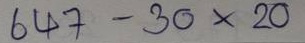
647 - 30 x 20